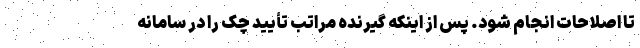
تا اصلاحات انجام شود. پس از اینکه گیرنده مراتب تأیید چک را در سامانه